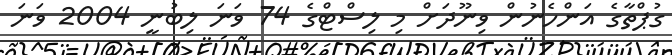
ގުޕްތާގެ އަންހެނުން ވިނޫދަށް މި ލިސްޓްގެ 74 ވަނަ ލިބުނީ 2004 ވަނަ